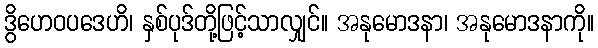
ဒွိဟေဝပဒေဟိ၊ နှစ်ပုဒ်တို့ဖြင့်သာလျှင်။ အနုမောဒနာ၊ အနုမောဒနာကို။